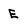
Character: E